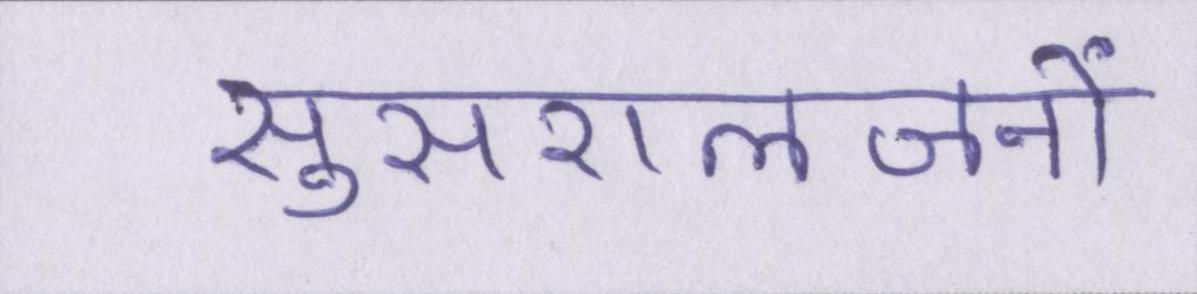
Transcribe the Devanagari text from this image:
सुसरालजनों